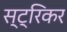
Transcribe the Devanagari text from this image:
स्ट्रिकर